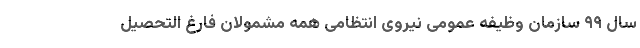
سال ۹۹ سازمان وظیفه عمومی نیروی انتظامی همه مشمولان فارغ التحصیل